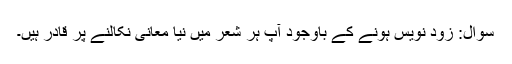
سوال: زُود نویس ہونے کے باوجود آپ ہر شعر میں نیا معانی نکالنے پر قادر ہیں۔